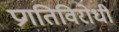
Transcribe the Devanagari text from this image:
प्रगतिविरोधी